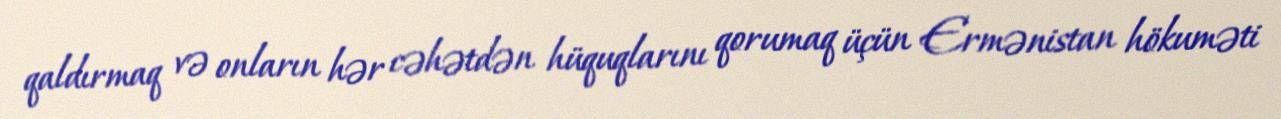
qaldırmaq və onların hər cəhətdən hüquqlarını qorumaq üçün Ermənistan hökuməti